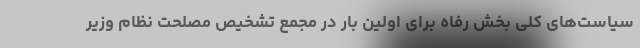
سیاست‌های کلی بخش رفاه برای اولین بار در مجمع تشخیص مصلحت نظام وزیر